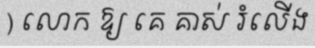
) លោក ឱ្យ គេ គាស់ រំលើង